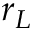
r _ { L }